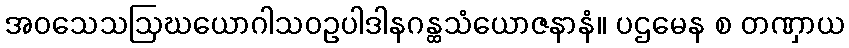
အဝသေသဩဃယောဂါသဝဥပါဒါနဂန္ထသံယောဇနာနံ။ ပဌမေန စ တဏှာယ